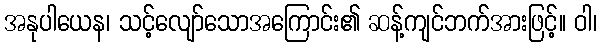
အနုပါယေန၊ သင့်လျော်သောအကြောင်း၏ ဆန့်ကျင်ဘက်အားဖြင့်။ ဝါ၊